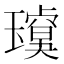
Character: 𱯶